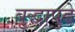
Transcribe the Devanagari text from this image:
बुद्धापुढे